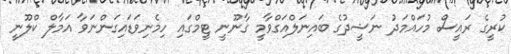
ކުރީގެ ރައީސް މުހައްމަދު ނަޝީދުގެ ބައިނަލްއަގްވާމީ ގާނޫނީ ޓީމްގައި ހިމެނިވަޑައިގަންނަވާ އަމާލް ކްލޫނީ